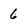
Character: 6